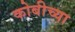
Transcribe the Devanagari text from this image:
कोबीच्या